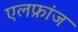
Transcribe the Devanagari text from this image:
एलफ्रांज